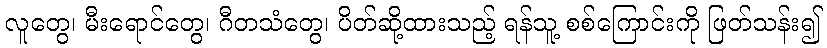
လူတွေ၊ မီးရောင်တွေ၊ ဂီတသံတွေ၊ ပိတ်ဆို့ထားသည့် ရန်သူ့ စစ်ကြောင်းကို ဖြတ်သန်း၍